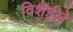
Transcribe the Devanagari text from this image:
विशेईले